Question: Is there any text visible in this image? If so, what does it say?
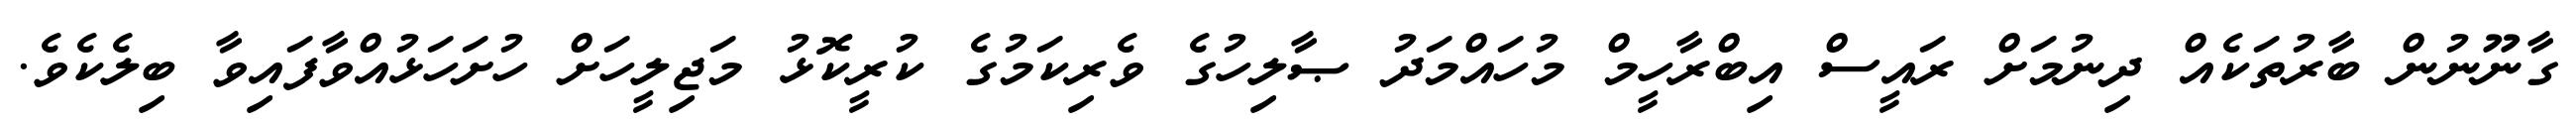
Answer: ގާނޫނުން ބާރުތަކެއް ދިނުމަށް ރައީސް އިބްރާހީމް މުހައްމަދު ޞާލިހުގެ ވެރިކަމުގެ ކުރީކޮޅު މަޖިލީހަށް ހުށަހަޅުއްވާފައިވާ ބިލެކެވެ.